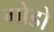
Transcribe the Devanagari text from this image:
गोडो